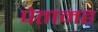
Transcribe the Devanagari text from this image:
पेतामह